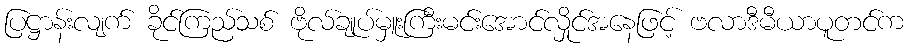
ပြဋ္ဌာန်းလျက် ခိုင်ကြည်သစ် ဗိုလ်ချုပ်မှူးကြီးမင်းအောင်လှိုင်အနေဖြင့် ဗလာဒီမီယာပူတင်က